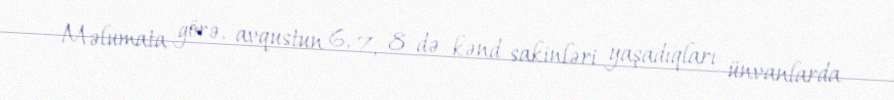
Məlumata görə, avqustun 6, 7, 8-də kənd sakinləri yaşadıqları ünvanlarda